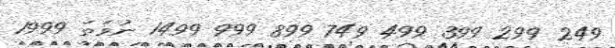
249 299 399 499 749 899 999 1499 ނުވަތަ 1999